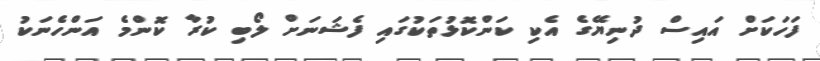
ފަހަކަށް އައިސް ދުނިޔޭގެ އެކި ކަންކޮޅުތަކުގައި ފެޝަނަށް ލޯބި ކުރާ ކޮންމެ އަންހެނަކު